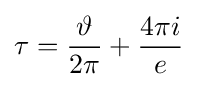
\tau ={\frac {\vartheta }{2\pi }}+{\frac {4\pi i}{e}}